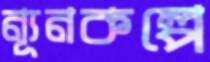
ন্যূনকল্পে